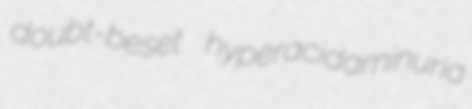
doubt-beset hyperacidaminuria